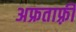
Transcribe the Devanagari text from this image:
अफ्रताफ़्री